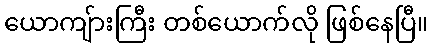
ယောကျ်ားကြီး တစ်ယောက်လို ဖြစ်နေပြီ။